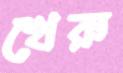
খেরু